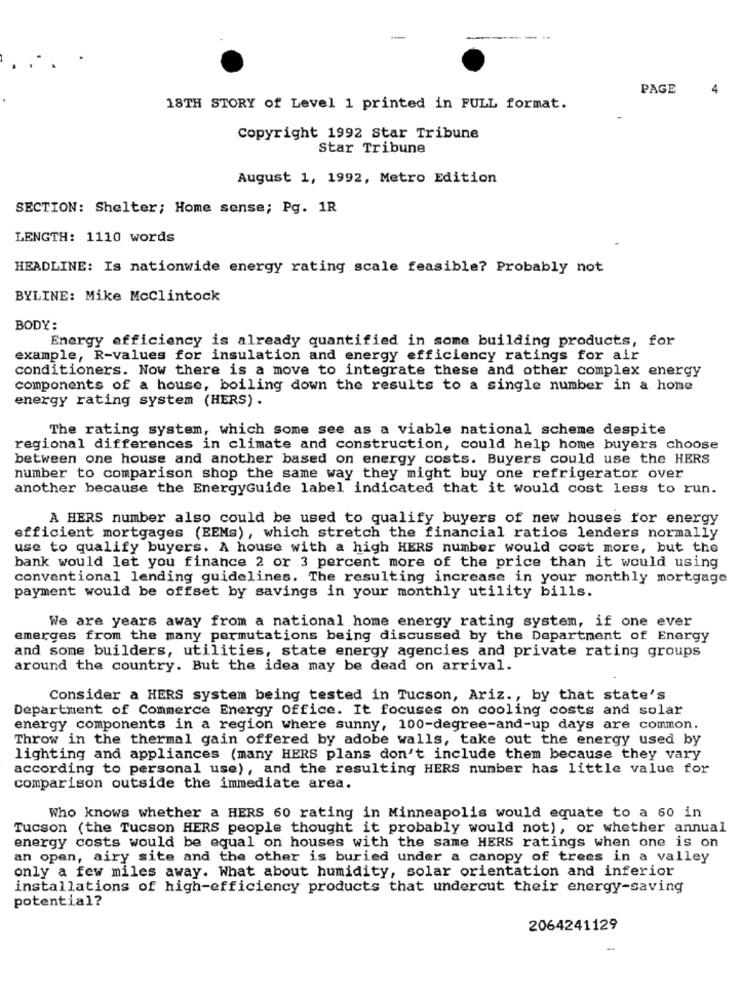
PAGE
4
18TH STORY of Level 1 printed in FULL format.
Copyright 1992 Star Tribune
Star Tribune
August 1, 1992, Metro Edition
SECTION: Shelter; Home sense; Pg. 1R
LENGTH: 1110 words
HEADLINE: Is nationwide energy rating scale feasible? Probably not
BYLINE: Mike Mcclintock
BODY:
Energy efficiency is already quantified in some building products, for
example, R-values for insulation and energy efficiency ratings for air
conditioners. Now there is a move to integrate these and other complex energy
components of a house, boiling down the results to a single number in a home
energy rating system (HERS) .
The rating system, which some see as a viable national scheme despite
regional differences in climate and construction, could help home buyers choose
between one house and another based on energy costs. Buyers could use the HERS
number to comparison shop the same way they might buy one refrigerator over
another because the EnergyGuide label indicated that it would cost less to run.
A HERS number also could be used to qualify buyers of new houses for energy
efficient mortgages (EEMs) , which stretch the financial ratios lenders normally
use to qualify buyers. A house with a high HERS number would cost more, but the
bank would let you finance 2 or 3 percent more of the price than it would using
conventional lending guidelines. The resulting increase in your monthly mortgage
payment would be offset by savings in your monthly utility bills.
We are years away from a national home energy rating system, if one ever
emerges from the many permutations being discussed by the Department of Energy
and some builders, utilities, state energy agencies and private rating groups
around the country. But the idea may be dead on arrival.
Consider a HERS system being tested in Tucson, Ariz ., by that state's
Department of Commerce Energy Office. It focuses on cooling costs and solar
energy components in a region where sunny, 100-degree-and-up days are common.
Throw in the thermal gain offered by adobe walls, take out the energy used by
lighting and appliances (many HERS plans don't include them because they vary
according to personal use), and the resulting HERS number has little value for
comparison outside the immediate area.
Who knows whether a HERS 60 rating in Minneapolis would equate to a 60 in
Tucson (the Tucson HERS people thought it probably would not), or whether annual
energy costs would be equal on houses with the same HERS ratings when one is on
an open, airy site and the other is buried under a canopy of trees in a valley
only a few miles away. What about humidity, solar orientation and inferior
installations of high-efficiency products that undercut their energy-saving
potential?
2064241129